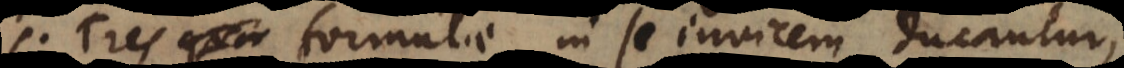
si tres formulae in se invicem ducantur,